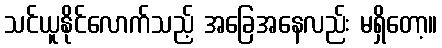
သင်ယူနိုင်လောက်သည့် အခြေအနေလည်း မရှိတော့။